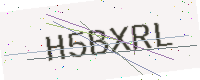
Text: H5BXRL